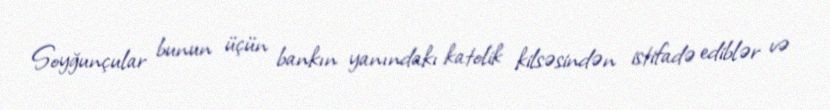
Soyğunçular bunun üçün bankın yanındakı katolik kilsəsindən istifadə ediblər və